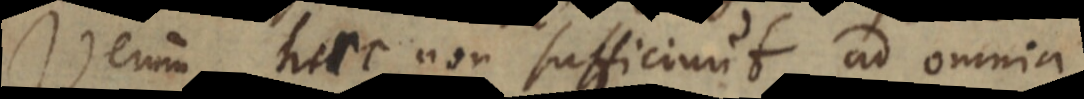
Verum haec non sufficiunt ad omnia